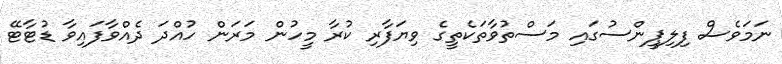
ނަމަވެސް ފިލިޕީންސުގައި މަސްތުވާތަކެތީގެ ވިޔަފާރި ކުރާ މީހުން މަރަން ހުއްދަ ދެއްވާފައިވާ ޑުޓާޓޭ